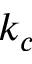
k _ { c }